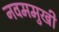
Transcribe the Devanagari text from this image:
नवममुखी